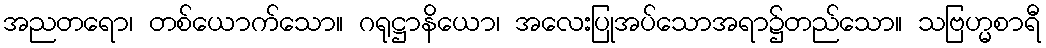
အညတရော၊ တစ်ယောက်သော။ ဂရုဋ္ဌာနိယော၊ အလေးပြုအပ်သောအရာ၌တည်သော။ သဗြဟ္မစာရီ